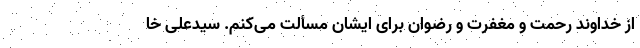
از خداوند رحمت و مغفرت و رضوان برای ایشان مسألت می‌کنم. سیدعلی خا